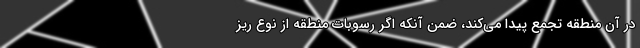
در آن منطقه تجمع پیدا می‌کند، ضمن آنکه اگر رسوبات منطقه از نوع ریز